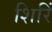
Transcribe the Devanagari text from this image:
शिरिं